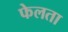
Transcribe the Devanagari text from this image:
फेलता